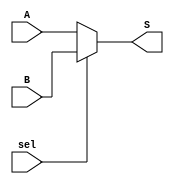
module mux2to1 (
    input [31:0] A,
    input [31:0] B,
    input sel,
    output [31:0] S
);
    assign S = sel ? B : A ;
endmodule